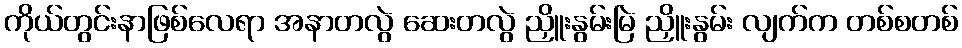
ကိုယ်တွင်းနာဖြစ်လေရာ အနာတလွဲ ဆေးတလွဲ ညှိူးနွမ်းမြဲ ညှိူးနွမ်း လျက်က တစ်စတစ်